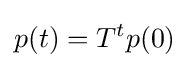
p(t)=T^{t}p(0)